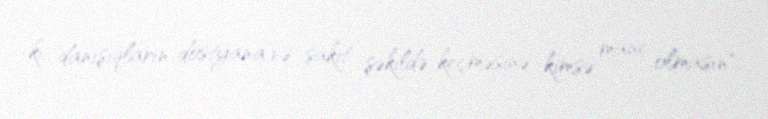
ki, danışıqların dostyana və sakit şəkildə keçməsinə kimsə mane olmasın".